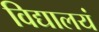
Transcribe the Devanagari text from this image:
विद्यालयं